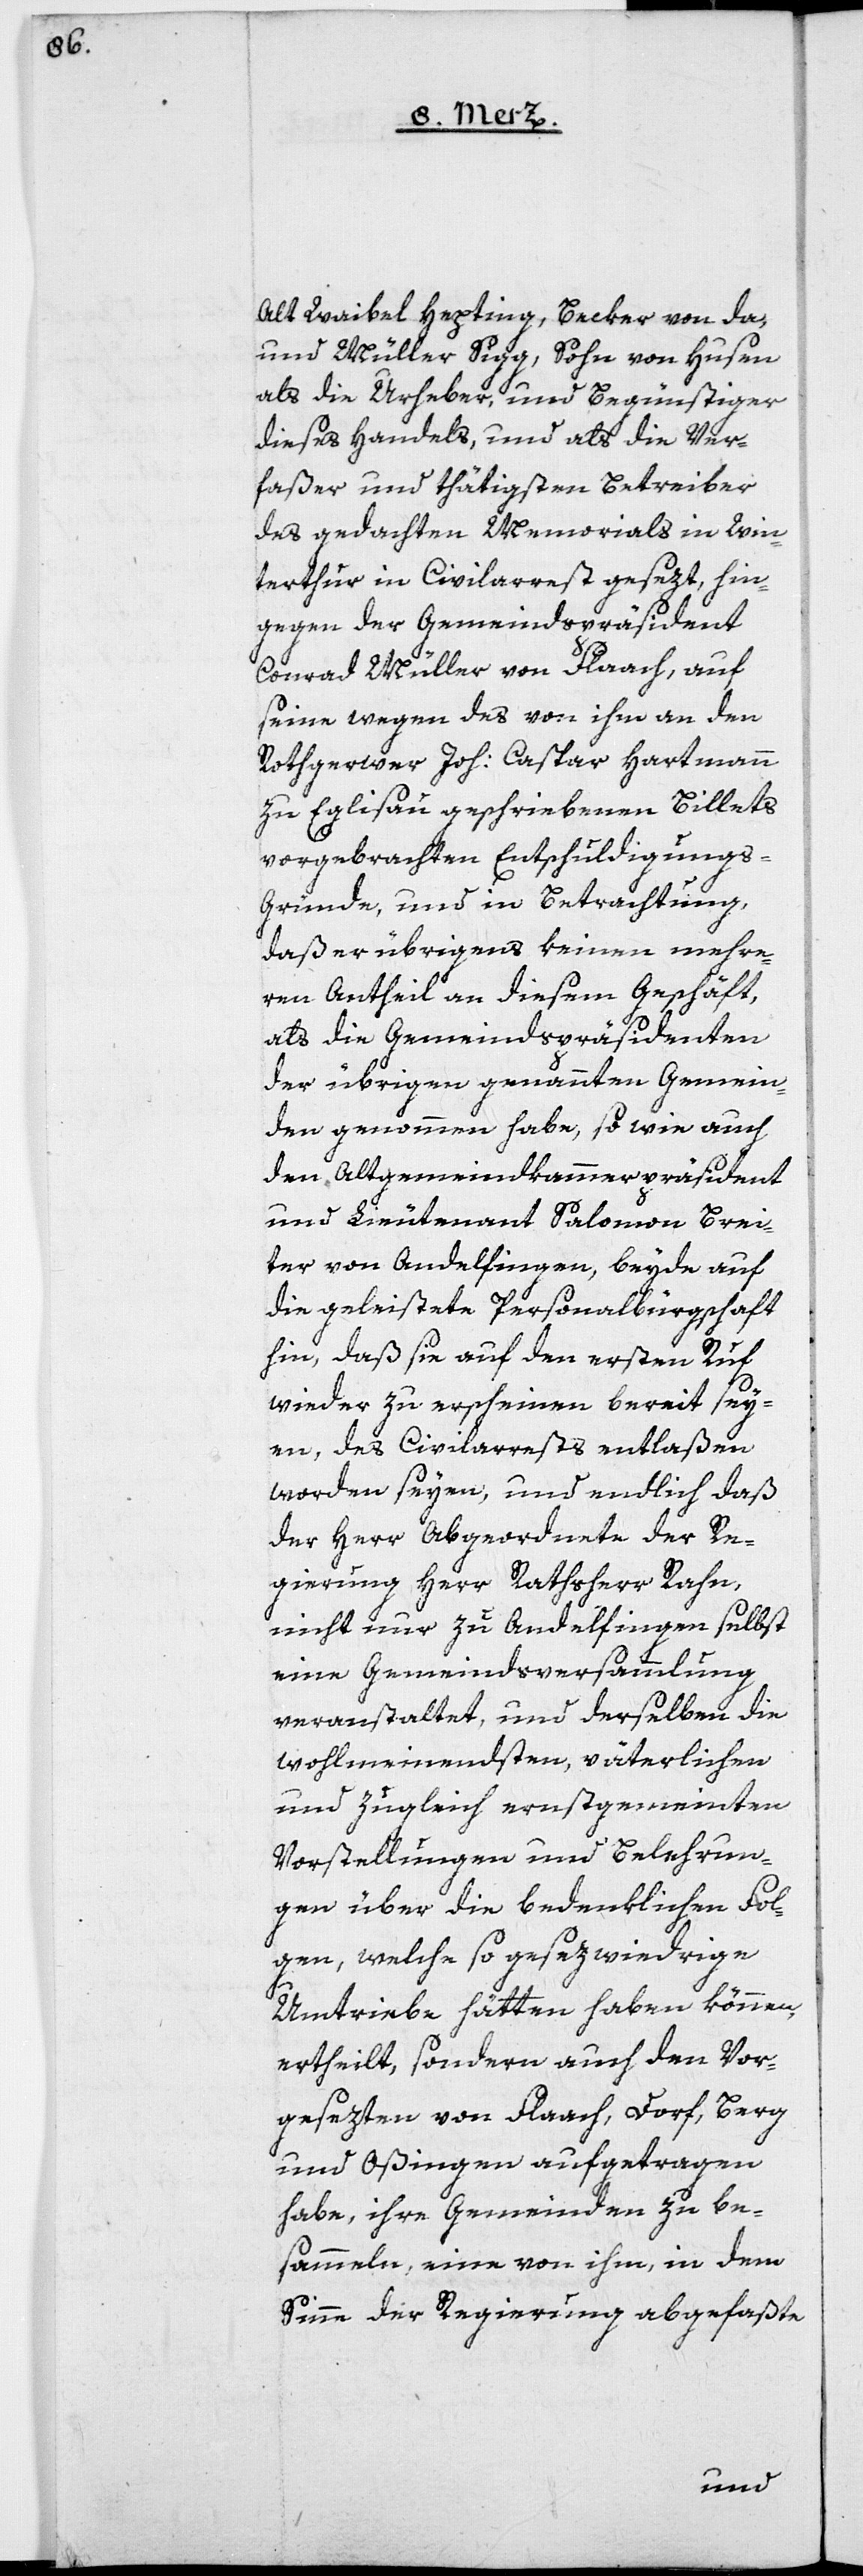
alt Weibel Hepting, Becker von da;
und Müller Sigg Sohn, von Husen,
als die Urheber und Begünstiger
dieses Handels, und als die Ver¬
faßer und thätigsten Betreiber
des gedachten Memorials in Win¬
terthur in Civilarrest gesezt, hin¬
gegen der Gemeindspräsident
Conrad Müller von Flaach, auf
seine wegen des von ihm an den
Rothgerwer Joh: Caspar Hartmann
zu Eglisau geschriebenen Billets
vorgebrachten Entschuldigungs-G¬
ründe, und in Betrachtung,
daß er übrigens keinen mehre¬
ren Antheil an diesem Geschäft,
als die Gemeindspräsidenten
der übrigen genannten Gemein¬
den genommen habe, so wie auch
den Altgemeindkammerpräsident
und Lieutenant Salomon Brei¬
ter von Andelfingen, beyde auf
die geleistete Personalbürgschaft
hin, daß sie auf den ersten Ruf
wieder zu erscheinen bereit sey¬
en, des Civilarrests entlaßen
worden seyen, und endlich daß
der Herr Abgeordnete der Re¬
gierung Herr Rathsherrn Rahn,
nicht nur zu Andelfingen selbst
eine Gemeindsversammlung
veranstaltet, und derselben die
wohlmeinendsten, väterlichen
und zugleich ernstgemeinten
Vorstellungen und Belehrun¬
gen über die bedenklichen Fol¬
gen, welche so gesezwiedrige
Umtriebe hätten haben können,
ertheilt, sondern auch den Vor¬
gesetzten von Flaach, Dorf, Berg
und Oßingen aufgetragen
habe, ihre Gemeinden zu be¬
sammeln, eine von ihm, in dem
Sinne der Regierung abgefaßte